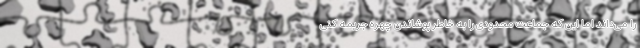
را می‌داند اما این که جماعت محدودی را به خاطر پوشاندن چهره جریمه کنی